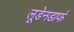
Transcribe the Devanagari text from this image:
लूडेनडार्फ